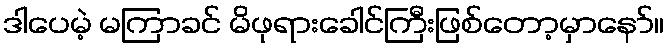
ဒါပေမဲ့ မကြာခင် မိဖုရားခေါင်ကြီးဖြစ်တော့မှာနော်။